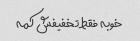
خوبه فقط تخفیفش کمه